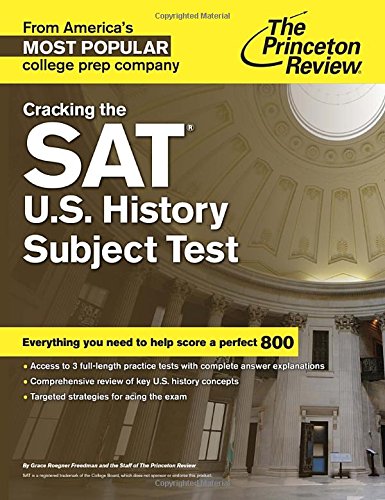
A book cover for Cracking the SAT U.S. History Subject Test (College Test Preparation); Princeton Review; Test Preparation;